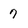
Character: 7